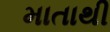
માતાથી